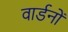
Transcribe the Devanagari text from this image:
वार्डनों